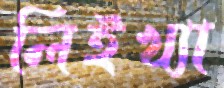
লিইখ্যা